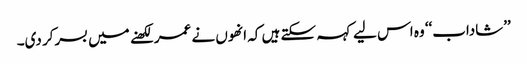
’’شاداب‘‘ وہ اس لیے کہہ سکتے ہیں کہ انھوں نے عمر لکھنے میں بسرکر دی۔